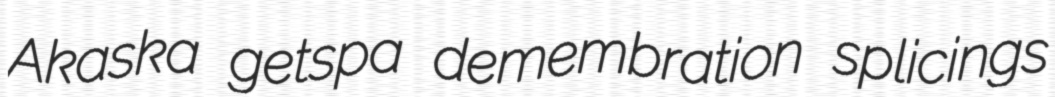
Akaska getspa demembration splicings